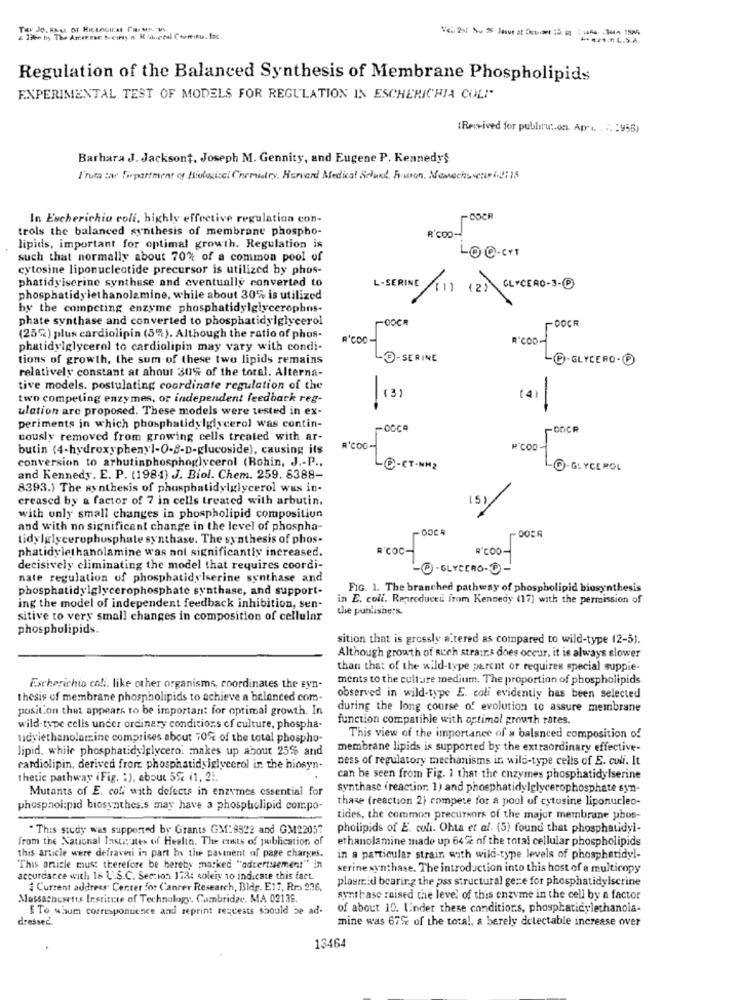
Time by The Amoreer Dewey a Kibiceal Carrito. Inc.
Regulation of the Balanced Synthesis of Membrane Phospholipids
EXPERIMENTAL TEST OF MODELS FOR REGULATION IN ESCHERICHIA COLI"
(Received for publicw :. on. Ap ... . .. 1956)
Barhara J. Jacksont, Joseph M. Gennity, and Eugene P. Kennedys
Fruta tar Tirpartment of Biological Chemistry, Harvard Medical Seland, Baron, Menacheter02: 15
In Escherichia coli, highly effective regulation con-
-COCR
trols the balanced synthesis of membrane phospho-
R'COD-
lipids, important for optimal growth. Regulation is
LOC.CYT
such that normally about 70% of a common pool of
cytosine liponucleotide precursor is utilized by phos-
phatidylserine synthese and eventually converted to
L-SERINE (1) (2) GLYCERO-3-0
phosphatidylethanolamine, while about 30% is utilized
by the competing enzyme phosphatidylglycerophos-
phate synthase and converted to phosphatidylglycerol
OOCR
-DOCR
(25%) plus cardiolipin (5%). Although the ratio of phos-
R'COO-
R'COD-
phatidylglycerol to cardiolipin may vary with condi-
tions of growth, the sum of these two lipids remains
Q-SERINE
C-GLYCERO.O
relatively constant at ahout 30% of the toral. Alterna-
tive models. postulating coordinate regulation of the
-
two competing enzymes, or independent feedback reg-
(3)
(4)
ulation are proposed. These models were tested in ex-
periments in which phosphatidylglycerol was contin-
-OCCA
DOCR
tously removed from growing cells treated with ar-
butin (4-hydroxyphenyl-0-s-D-glucoside), causing its
R'COO-
R COD-
conversion to arbutinphosphoglycerol (Bohin, J .- P .,
-@-CT- NH2
.GLYCEROL
and Kennedy. E. P. (1984) J. Biol. Chem. 259. 8388-
8393.) The synthesis of phosphatidylglycerol was in-
creased by a factor of 7 in cells treated with arbutin.
(5)
with only small changes in phospholipid compositiun
and with no significant change in the level of phospha-
tidylglycerophosphate synthase. The synthesis of phos-
phatidylethanolamine was not significantis increased.
R'COC-
R"COO-
decisively eliminating the model that requires coordi-
-GLYCERO.
nate regulation of phosphatidylserine synthase and
phosphatidylglycerophosphate synthase, and support-
FIG. 1. The branched pathway of phospholipid biosynthesis
in E. coli. Reproduced from Kennedy (17) with the permission of
ing the model of independent feedback inhibition, sen-
the publishers.
sitive to very small changes in composition of cellular
phospholipids.
sition that is grossly a tered as compared to wild-type 12-5).
Although growth of auch strairs does occur, it is always slower
than that of the wild-type parent or requires special suppie-
ments to the culture medium. The proportion of phospholipids
Escherichia coli, like other organisms, coordinates the syn-
thesis of membrane phospholipids to achieve a balanced com-
observed in wild-type E. coli evidently has been selected
position that appears to be important for optimal growth. In
during the long course of evolution to assure membrane
function compatible with optimal growth rates.
wild-type cells under ordinary conditions of culture, phospha-
udylethanolamine comprises about 70% of the total phospho-
This view of the importance of a balanced composition of
lipid. while phosphatidylglycero. makes up about 25% and
membrane lipids is supported by the extraordinary effective-
ness of regulatory mechanisms in wild-type cells of E. coli. It
cardiolipin, derived from phosphatidsiglycerol in the biosyn-
thetic pathway (Fig. 1), about 5%% (1, 21.
can be seen from Fig. 1 that the enzymes phosphatidylserine
Mutants of E. coli with defects in enzymes essential for
synthase (reaction. 1) and phosphatidylglycerophosphate syn-
thate (reaction 2) compete for a pool of cytosine liponucleo-
phosphoi:pid biosynthesis may have a phospholipid compo-
tides, the common precursors of the major membrane phos-
" This study was supported by Grants GM:9322 and GM22057
pholipids of E. coli. Ohta et al. (5) found that phosphatidyl-
from the National Institute of Health. The ciats of publication of
ethanolamine made up 64% of the total cellular phospholipids
this article were defraveri in part by the pastnent of page charges.
in a particular strain with wild-type levels of phosphatidyl-
This article must therefore be hereby marked "advertisement" in
serine synthase. The introduction into this host of a multicopy
accordance with 18 U.S.C. Section 1234 soleix 10 indicate this fart.
plasmid bearing the pss structural gere for phosphatidylscrine
1 Current address. Center for Cancer Research, Bldg. E17, Rr .. 236.
Massachusetts Institute of Technology. Cambridge, MA 02136
synthase raised the level of this enzyme in the cell by a factor
$ To waum correspontience and reprint requests should be ad-
of about 10. Under these conditions, phosphatidylethanola-
dresseć.
mine was 67% of the total, a berely detectable increase over
13464